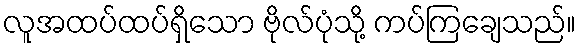
လူအထပ်ထပ်ရှိသော ဗိုလ်ပုံသို့ ကပ်ကြချေသည်။